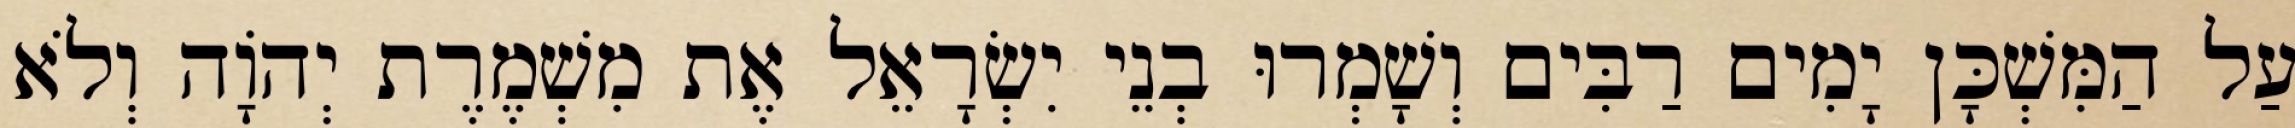
עַל הַמִּשְׁכָּן יָמִים רַבִּים וְשָׁמְרוּ בְנֵי יִשְׂרָאֵל אֶת מִשְׁמֶרֶת יְהוָֹה וְלֹא